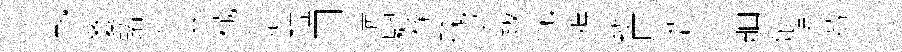
墊夐蹖旁寒械寔鎰□淸驄榛磈第跋忱鴉辦原晳事舳觥萌菴